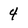
Character: 4